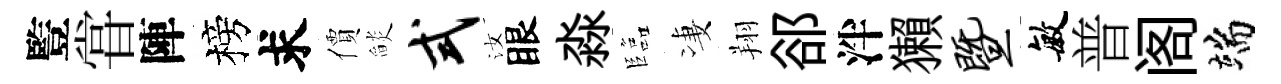
䜿甞陣榜求價𦦨式汝眼淼臨凄翔郤泮獺暨敏普阁端